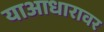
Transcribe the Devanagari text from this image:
याआधारावर